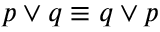
p \vee q \equiv q \vee p